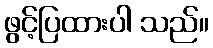
ဖွင့်ပြထားပါ သည်။